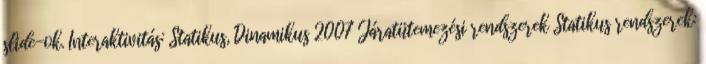
slide-ok. Interaktivitás: Statikus, Dinamikus 2007 Járatütemezési rendszerek Statikus rendszerek: